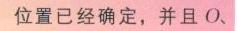
位置已经确定，并且\(O\)、